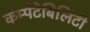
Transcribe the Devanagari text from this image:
कम्पेटेबिलिटी